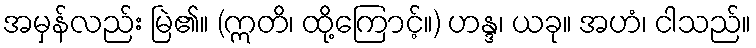
အမှန်လည်း မြဲ၏။ (ဣတိ၊ ထို့ကြောင့်။) ဟန္ဒ၊ ယခု။ အဟံ၊ ငါသည်။